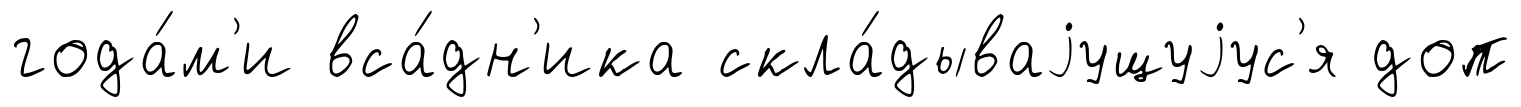
года́м'и вса́дн'ика скла́дываjущуjус'я доп